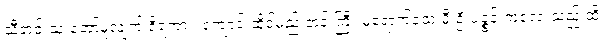
သီတင်းသုံးတော်မူလျက် ရှိရကား ၊ကျောင်းထိုင်မည့် ဘုန်းကြီး မရောက်သေးမီ ဦးပဉ္စင်းကလေးသည် ထို